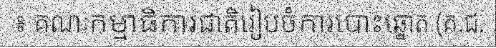
៖ គណៈកម្មាធិការជាតិរៀបចំការបោះឆ្នោត (គ.ជ.